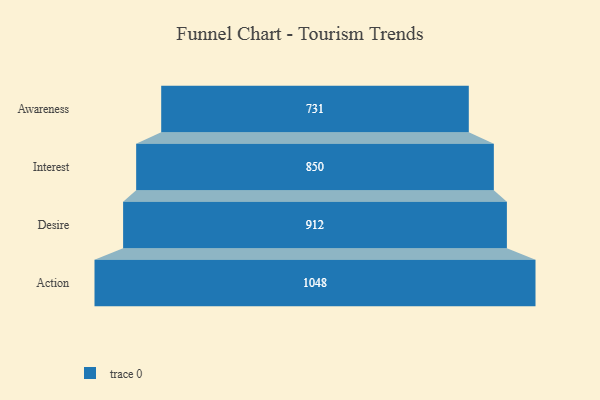
{"axis": {"x": "Stage", "y": "Value"}, "legend": [""], "data": [{"x": "Awareness", "y": 731.0, "type": ""}, {"x": "Interest", "y": 850.0, "type": ""}, {"x": "Desire", "y": 912.0, "type": ""}, {"x": "Action", "y": 1048.0, "type": ""}]}